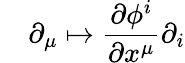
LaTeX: \quad\partial_{\mu}\mapsto{\frac{\partial\phi^{i}}{\partial x^{\mu}}}\partial_{i}